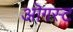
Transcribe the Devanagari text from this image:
ऒगस्ट